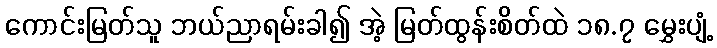
ကောင်းမြတ်သူ ဘယ်ညာရမ်းခါ၍ အဲ့ မြတ်ထွန်းစိတ်ထဲ ၁၈.၇ မွှေးပျံ့